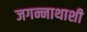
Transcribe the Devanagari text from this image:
जगन्नाथाशी